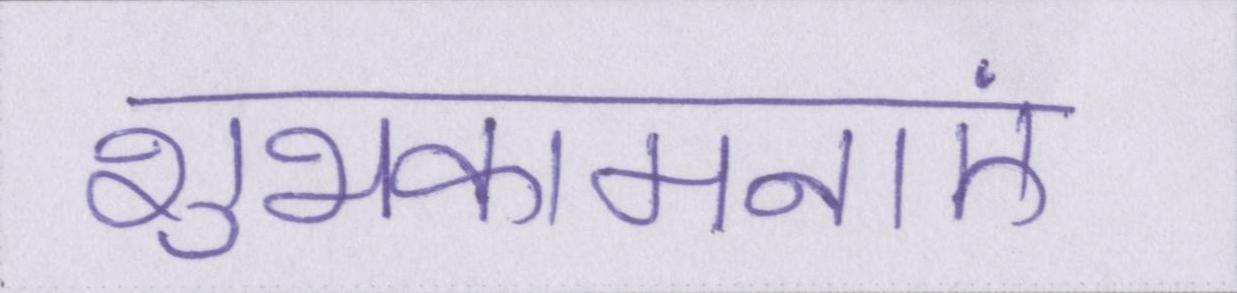
शुभकामनाएं